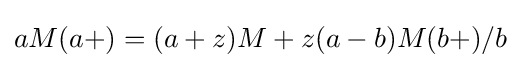
aM(a+)=(a+z)M+z(a-b)M(b+)/b